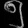
Digit: ၅